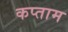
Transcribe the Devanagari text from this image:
कप्ताम